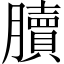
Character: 𦢌